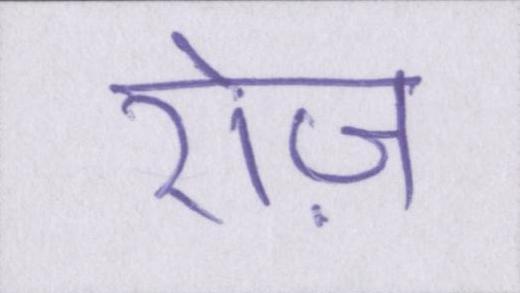
रोज़